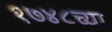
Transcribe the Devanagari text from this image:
१७४८च्या